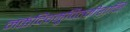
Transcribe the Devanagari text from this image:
नक्तंदिवमुचितमीशानि